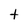
Character: t